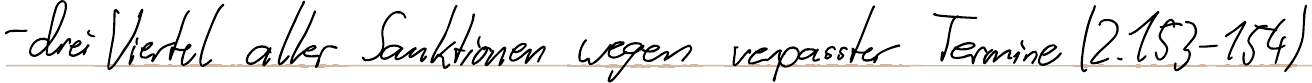
- drei Viertel aller Sanktionen wegen verpasster Termine (Z.153-154)